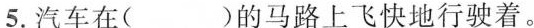
5.汽车在( )的马路上飞快地行驶着。